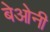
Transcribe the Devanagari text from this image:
बेओनी